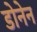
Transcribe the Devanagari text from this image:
डोनेन